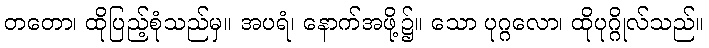
တတော၊ ထိုပြည့်စုံသည်မှ။ အပရံ၊ နောက်အဖို့၌။ သော ပုဂ္ဂလော၊ ထိုပုဂ္ဂိုလ်သည်။